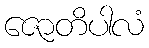
ဇောတိပါလံ